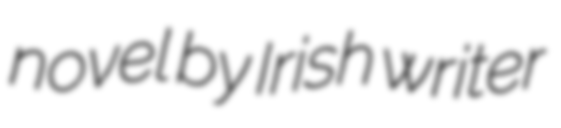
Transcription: novel by Irish writer